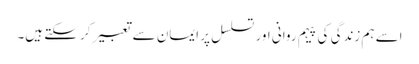
اسے ہم زندگی کی پیہم روانی اور تسلسل پر ایمان سے تعبیر کر سکتے ہیں۔